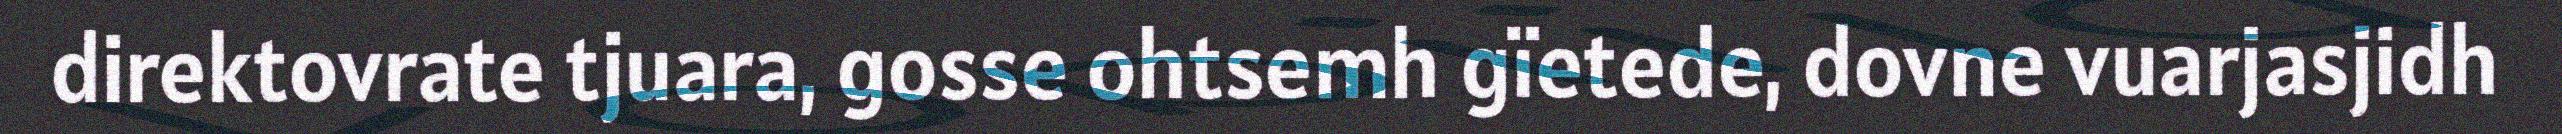
direktovrate tjuara, gosse ohtsemh gïetede, dovne vuarjasjidh